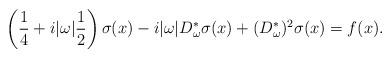
LaTeX: \begin{align*}\left(\frac{1}{4}+i|\omega|\frac{1}{2}\right)\sigma(x)-i|\omega|D^*_\omega\sigma(x) +(D^*_\omega)^2 \sigma(x) = f(x).\end{align*}